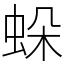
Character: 𧊶